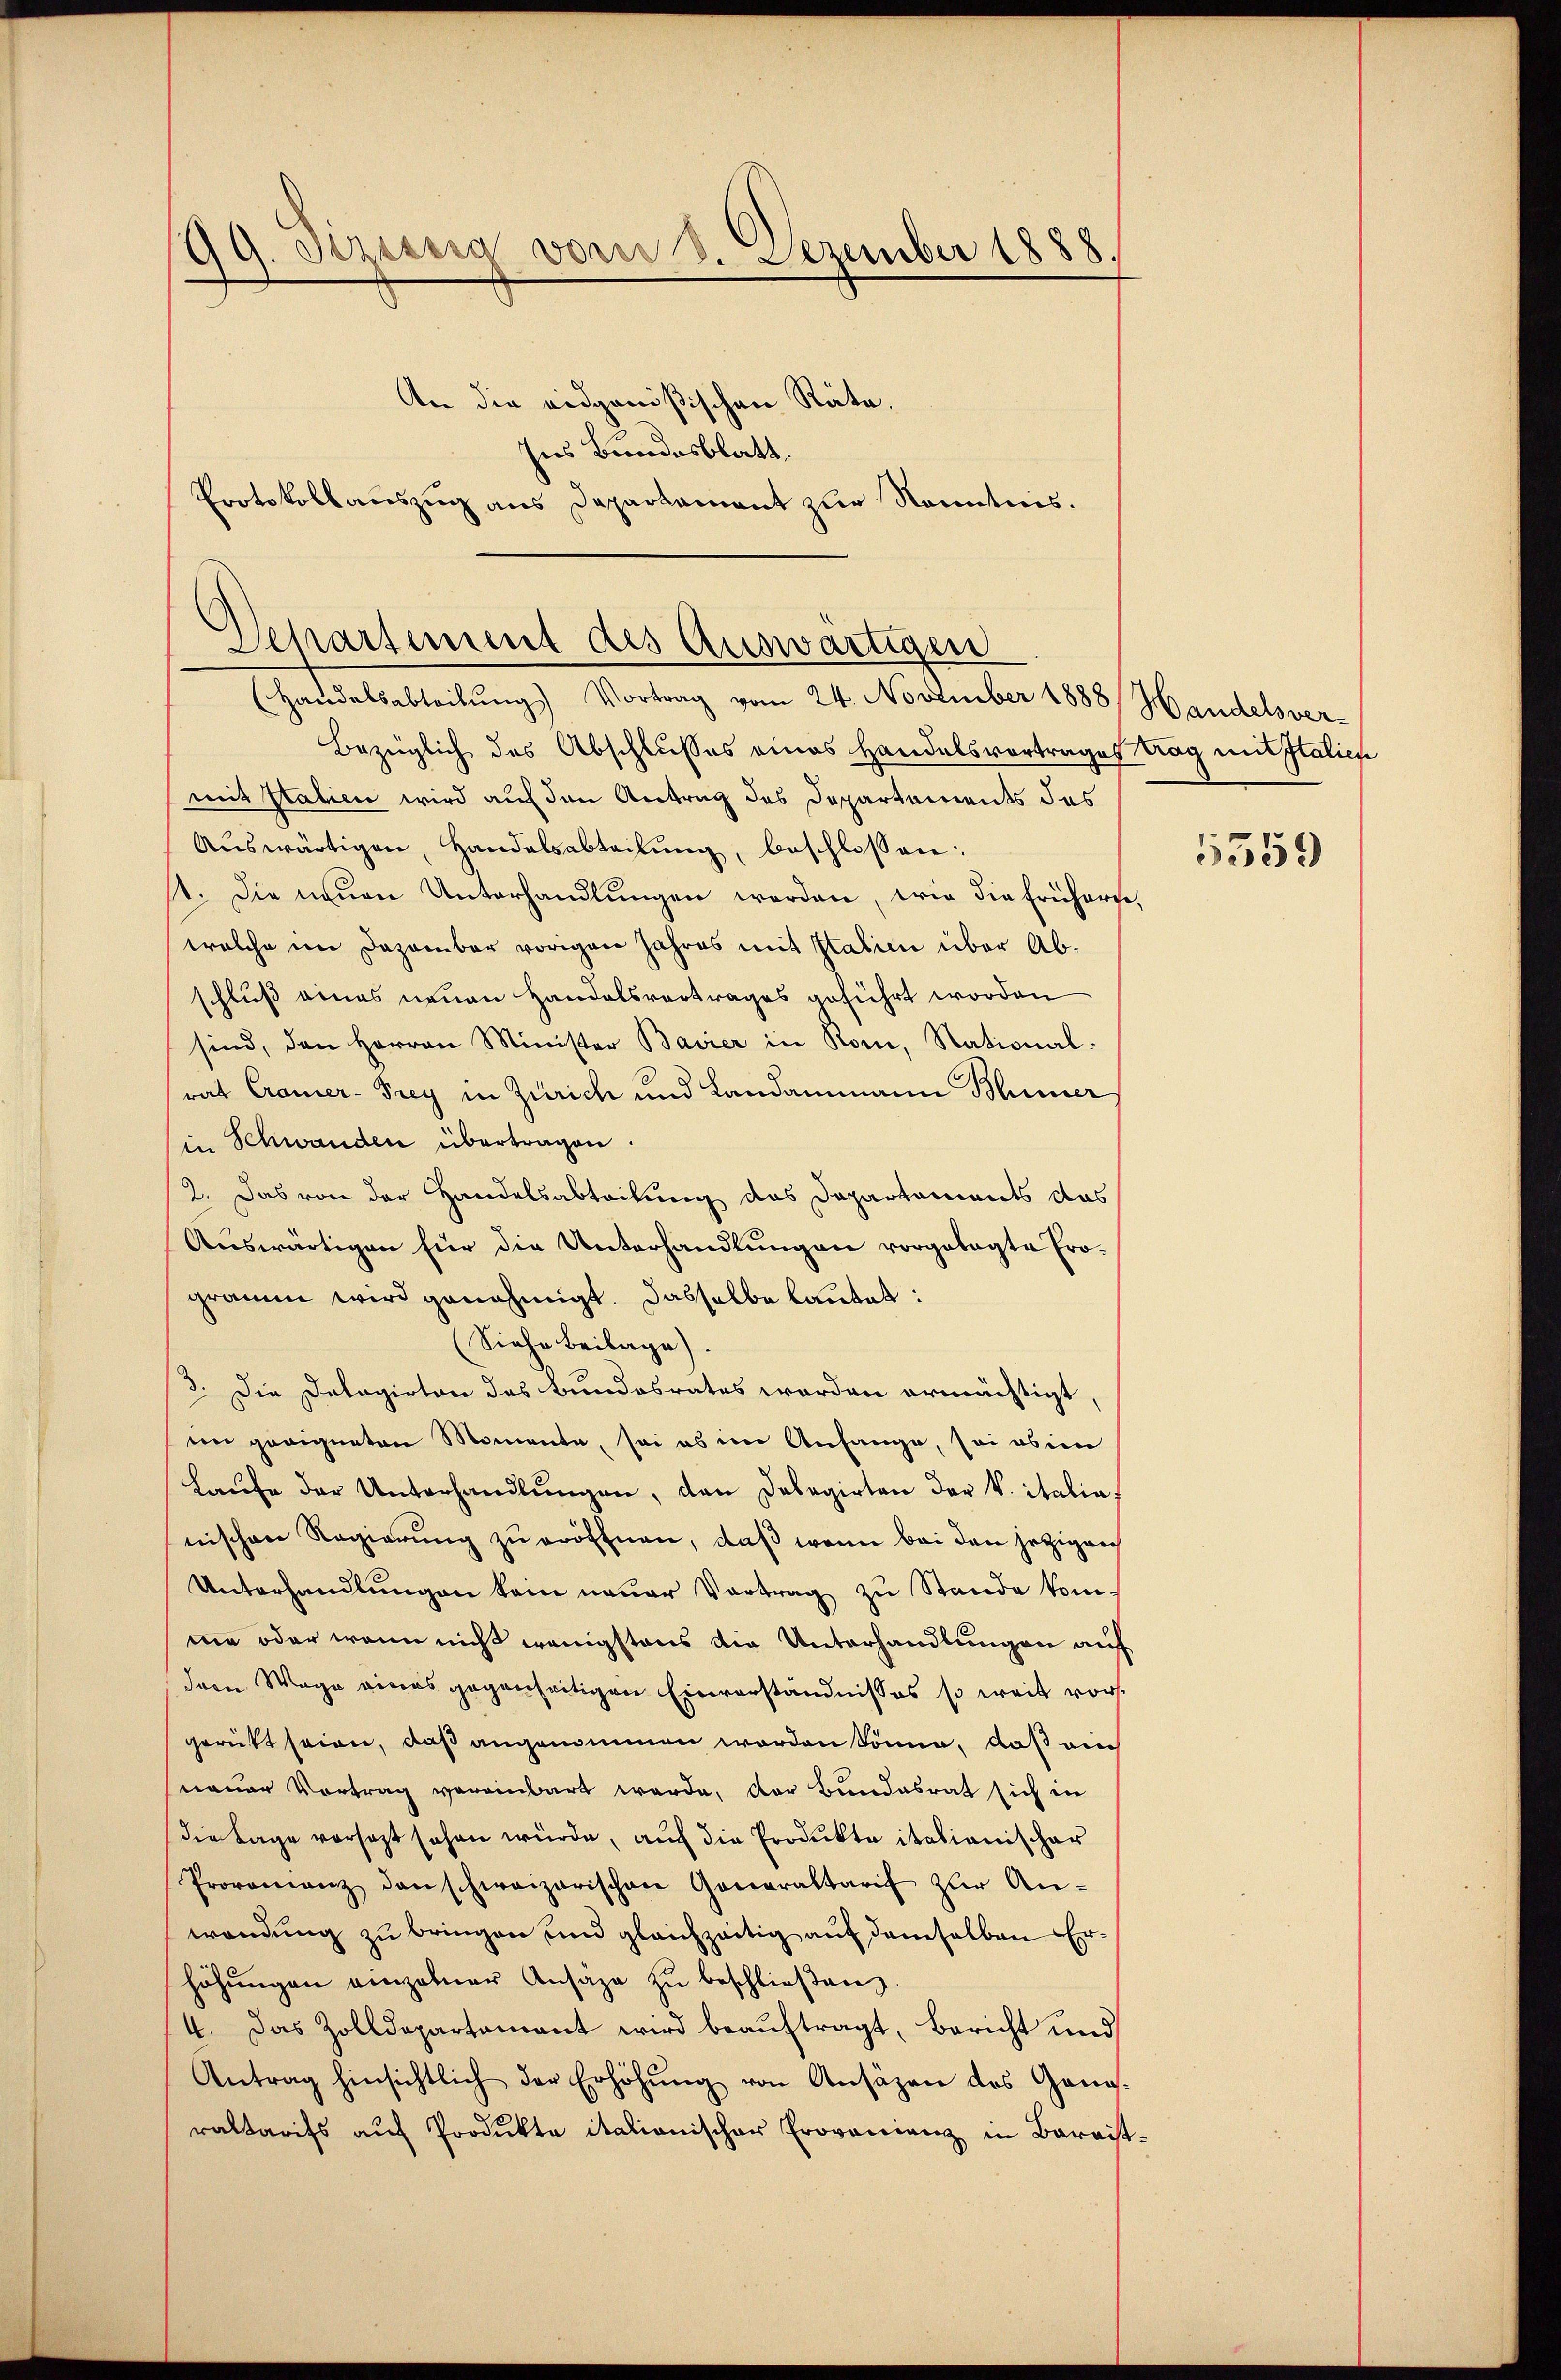
99. Seztberg vorer 3. Dezember 1888.
An die eidgenößischen Räte.
Ins Bundesblatt.
Protokollauszug aus Deparkament zur Kenntnis.

Departement des Auswärtigen
(Handelsabteilŭng Vortrag vom 24. November 1888 Handelsver-

Bezüglich des Abschlusses eines Handelsvortrages trag mit Italien
mit Italien wird auf den Antrag des Departements des
Auswärtigen, Handelsabteilung, beschlossen:
st. Die neuen Unterhandlungen werden, wie die frühern,
welche im Dezember vorigen Jahres mit Italien über Abschluß eines neuen Handelsvortrages anführt worden
sind, den Herren Minister Bavier in Rom, National-
rat Cramer-Frey in Zürich und Landammann Blümer
in Schwanden übertragen.
12. Das von der Handelsabteilung das Departements das
Aŭswärtigen für die Unterhandlŭngen vorgelegte Programm wird genehmigt. Dasselbe lautet:
(Siehe Beilage).
3. Die Dalagirten das Bundesrates worden ermächtigt,
im geeigneten Momente, sei es im Anfange, sei oben
Laŭfe der Unterhandlŭngen, den Delegirten der k. italia
nischen Regierung zu eröffnen, daß wenn bei den jetzigen
Unterhandlŭngen kein neuer Vertrag zu Stande kom-
me oder wenn nicht wenigstens die Unterhandlungen auf
dern Wege eines gegenseitigen Einverständnisses so weit vorgerückt seien, daß angenommen worden könne, daß ein
neuer Vortrag vereinbart werde, der Bundesrat sich in
die Lage vorsezt sehen würde, auf die Produkte italianischer
Proponienz den schweizerischen Generaltarif zur An-
wendung zu bringen und gleichzeitig auf demselben Erhöhŭngen einzelner Ansäge zŭ beschlieβen.
4. Das Zolldepartamant wird beauftragt, Bericht und
Antrag hinsichtlich der Erhöhŭng von Ansäzen des Gang-
raltarifs aŭf Produkte italionischer Provanienz in Baraist.

5359